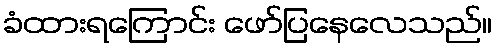
ခံထားရကြောင်း ဖော်ပြနေလေသည်။